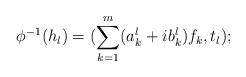
LaTeX: \begin{align*}\phi^{-1}(h_l)=(\sum^m_{k=1} (a^l_k +ib^l_k ) f_k, t_l);\end{align*}